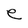
Character: e